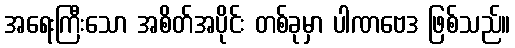
အရေးကြီးသော အစိတ်အပိုင်း တစ်ခုမှာ ပါဏဗေဒ ဖြစ်သည်။